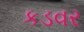
કડવર